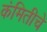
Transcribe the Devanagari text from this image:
कंमितीचे